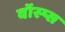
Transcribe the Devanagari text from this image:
वॉस्प्स